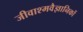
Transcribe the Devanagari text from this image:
जीवाश्मवैज्ञानिकों